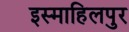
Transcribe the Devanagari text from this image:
इस्माहिलपुर